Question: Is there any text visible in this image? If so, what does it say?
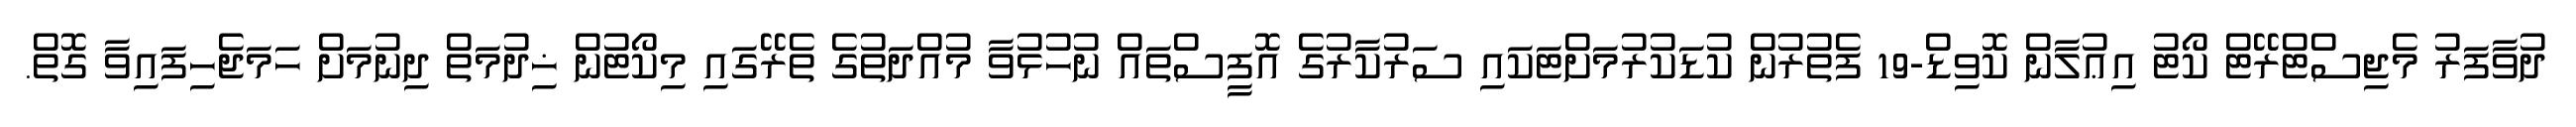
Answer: ދުވާފަރު މެޖިސްޓްރޭޓް ކޯޓު އިޢުލާން ކޮވިޑް-19 ފެތުރުން ކުޑަކުރުމަށްޓަކައި ސަރުކާރުގެ އޮފީސްތައް ނުހުޅުވާ މުއްދަތުގެ ތެރޭގައި މިކޯޓުން ޚިދުމަތް ދިނުމަށް ހަމަޖެހިފައިވާ ގޮތް.